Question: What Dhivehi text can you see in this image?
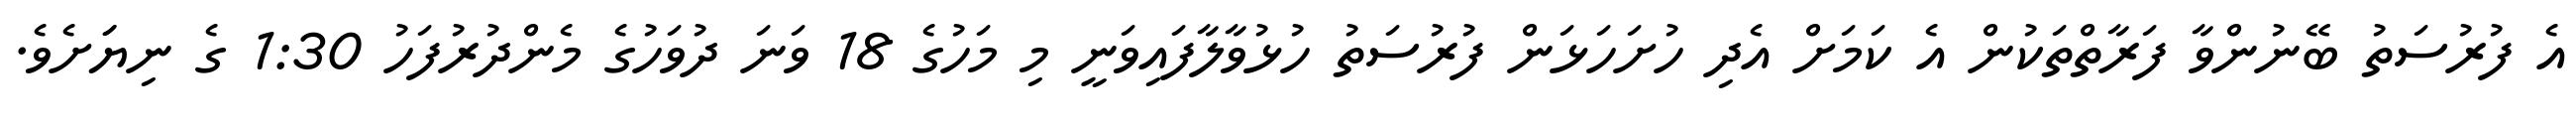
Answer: އެ ފުރުސަތު ބޭނުންވާ ފަރާތްތަކުން އެ ކަމަށް އެދި ހުށަހަޅަން ފުރުސަތު ހުޅުވާލާފައިވަނީ މި މަހުގެ 18 ވަނަ ދުވަހުގެ މެންދުރުފަހު 1:30 ގެ ނިޔަަށެވެ.